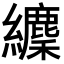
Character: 𦇘